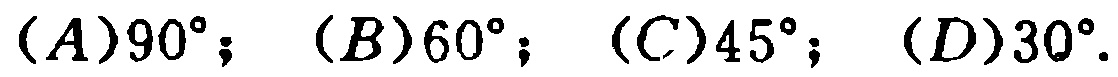
$(A)90^{\circ}; (B)60^{\circ}; (C)45^{\circ}; (D)30^{\circ}.$